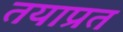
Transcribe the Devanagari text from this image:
तयाप्रत